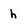
Character: h